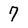
Character: 7